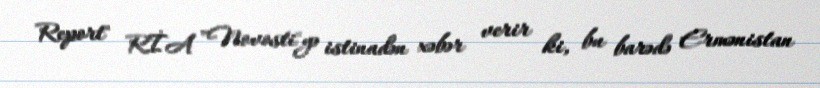
Report" RİA "Novosti"yə istinadən xəbər verir ki, bu barədə Ermənistan